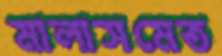
মালাসমেত